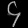
Digit: ၄